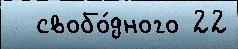
  свобо́дного 22